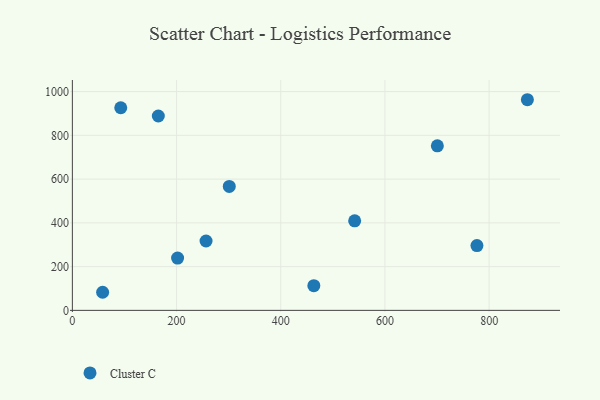
{"axis": {"x": "Price", "y": "Profit"}, "legend": ["Cluster C"], "data": [{"x": "776.6", "y": 296.0, "type": "Cluster C"}, {"x": "165.0", "y": 888.5, "type": "Cluster C"}, {"x": "256.6", "y": 317.0, "type": "Cluster C"}, {"x": "301.2", "y": 566.7, "type": "Cluster C"}, {"x": "92.9", "y": 926.1, "type": "Cluster C"}, {"x": "700.6", "y": 752.0, "type": "Cluster C"}, {"x": "873.4", "y": 962.8, "type": "Cluster C"}, {"x": "58.1", "y": 82.7, "type": "Cluster C"}, {"x": "463.5", "y": 112.8, "type": "Cluster C"}, {"x": "202.0", "y": 238.8, "type": "Cluster C"}, {"x": "541.9", "y": 409.5, "type": "Cluster C"}]}